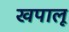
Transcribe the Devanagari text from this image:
खपालू